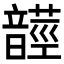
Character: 𩐺